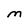
Character: M